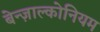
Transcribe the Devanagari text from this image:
बेन्ज़ाल्कोनियम